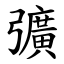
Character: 彍